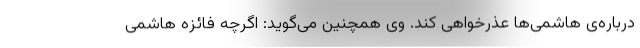
درباره‌ی هاشمی‌ها عذرخواهی کند. وی همچنین می‌گوید: اگرچه فائزه هاشمی